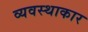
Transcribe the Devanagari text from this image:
व्यवस्थाकार